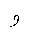
Letter: _waw